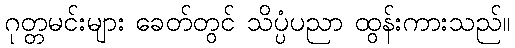
ဂုတ္တမင်းများ ခေတ်တွင် သိပ္ပံပညာ ထွန်းကားသည်။